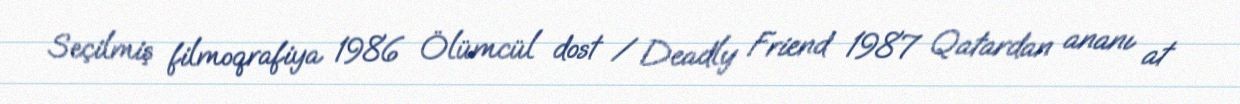
Seçilmiş filmoqrafiya 1986 Ölümcül dost / Deadly Friend 1987 Qatardan ananı at